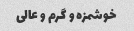
خوشمزه و گرم و عالی